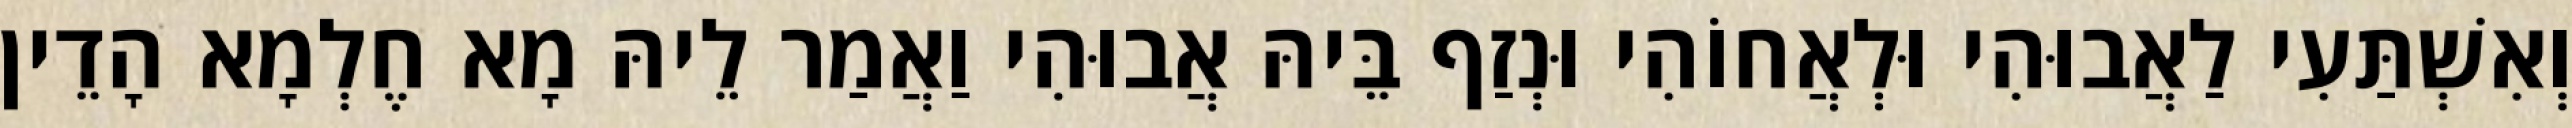
וְאִשְׁתַּעִי לַאֲבוּהִי וּלְאֲחוֹהִי וּנְזַף בֵּיהּ אֲבוּהִי וַאֲמַר לֵיהּ מָא חֶלְמָא הָדֵין